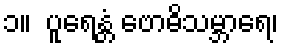
၁။  ပူရေန္တံ ဗောဓိသမ္ဘာရေ၊